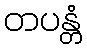
တပန္တံ